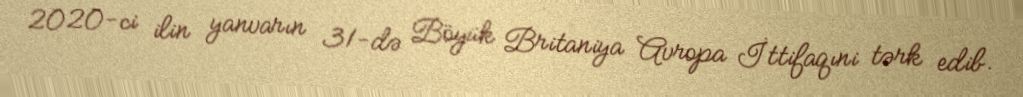
2020-ci ilin yanvarın 31-də Böyük Britaniya Avropa İttifaqıni tərk edib.